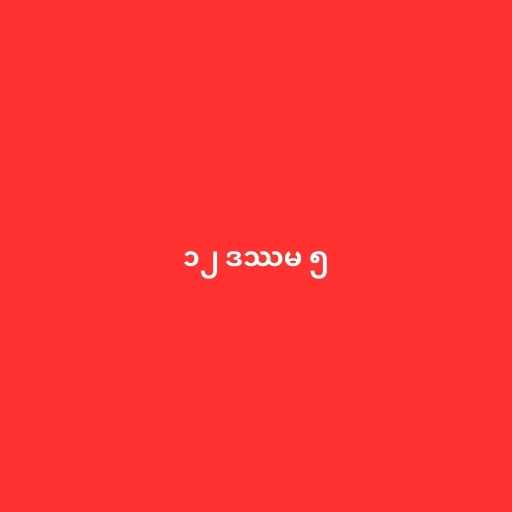
၁၂ ဒဿမ ၅